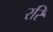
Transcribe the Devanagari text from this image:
ररि